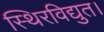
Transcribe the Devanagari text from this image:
स्थिरविद्युत।